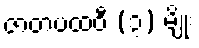
ဇာတပထဝီ (၃) မျိုး